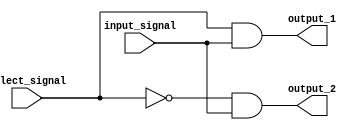
module demux(
  input input_signal,
  input select_signal,
  output output_1,
  output output_2
);

assign output_1 = (select_signal & input_signal);
assign output_2 = (~select_signal & input_signal);

endmodule